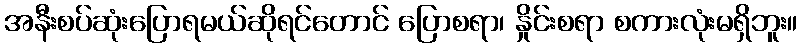
အနီးစပ်ဆုံးပြောရမယ်ဆိုရင်တောင် ပြောစရာ၊ နှိုင်းစရာ စကားလုံးမရှိဘူး။